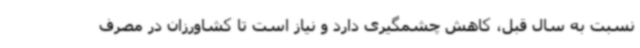
نسبت به سال قبل، کاهش چشمگیری دارد و نیاز است تا کشاورزان در مصرف